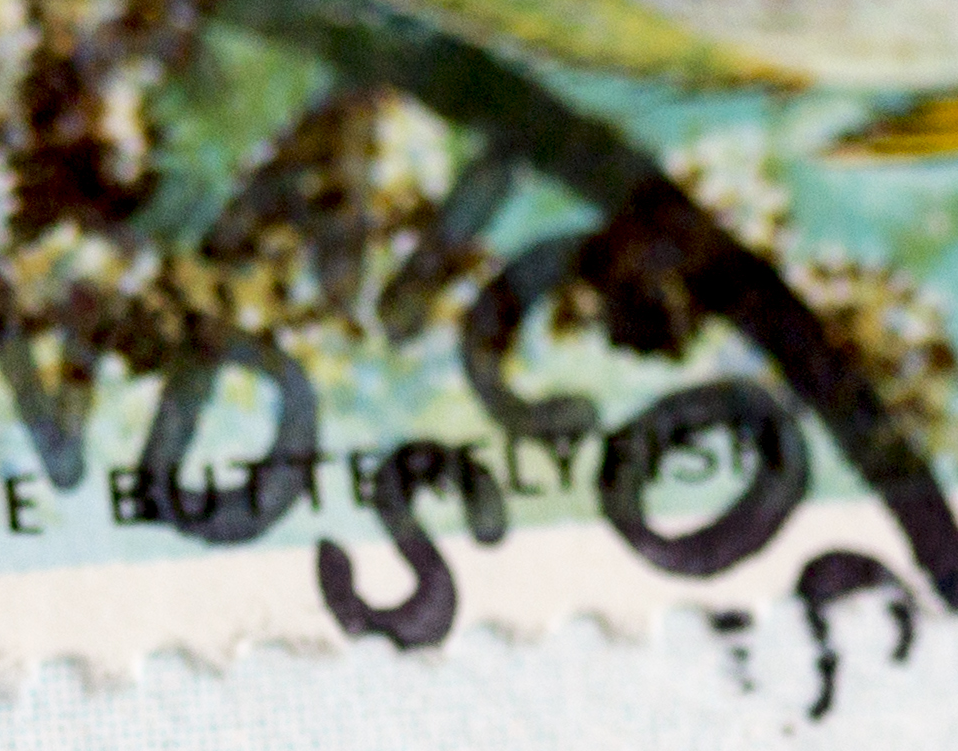
CAICOS